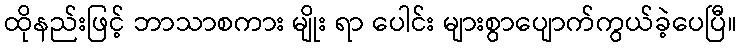
ထိုနည်းဖြင့် ဘာသာစကား မျိုး ရာ ပေါင်း များစွာပျောက်ကွယ်ခဲ့ပေပြီ။